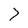
Character: 7